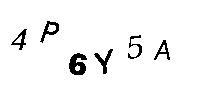
4P6Y5A